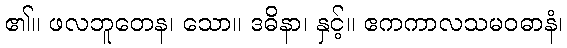
၏။ ဖလဘူတေန၊ သော။ ဒဓိနာ၊ နှင့်။ ဧကကာလသမဝဓာနံ၊